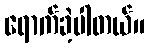
ရောက်ခဲ့ပါတယ်။